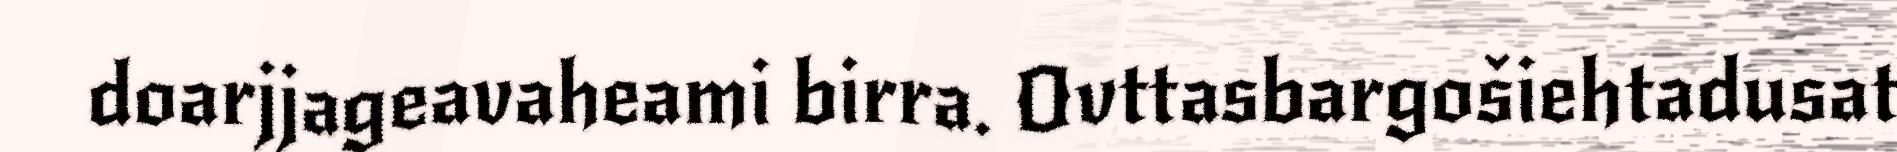
doarjjageavaheami birra. Ovttasbargošiehtadusat